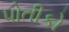
પોતીકો